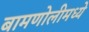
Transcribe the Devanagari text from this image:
बामणोलीमध्ये